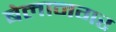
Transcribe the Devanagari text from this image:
बेलानगर